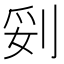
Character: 𱐛